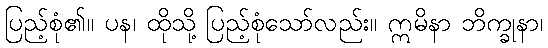
ပြည့်စုံ၏။ ပန၊ ထိုသို့ ပြည့်စုံသော်လည်း။ ဣမိနာ ဘိက္ခုနာ၊